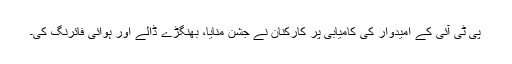
پی ٹی آئی کے امیدوار کی کامیابی پر کارکنان نے جشن منایا، بھنگڑے ڈالے اور ہوائی فائرنگ کی۔